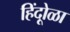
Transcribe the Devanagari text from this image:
हिंदूोळा